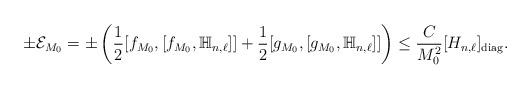
LaTeX: \begin{align*} \pm \mathcal E_{M_0}= \pm \left( \frac{1}{2} [f_{M_0},[f_{M_0}, \mathbb{H}_{n,\ell} ]] + \frac{1}{2} [g_{M_0},[g_{M_0}, \mathbb{H}_{n,\ell} ]] \right) \le \frac{C}{M_0^2} [H_{n,\ell}]_{{\rm diag}}. \end{align*}